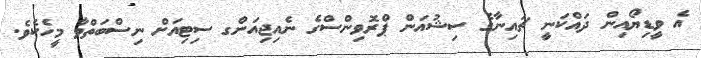
އެ ވީޑިޔޯއިން ދައްކަނީ ޗައިނާގެ ސިޝުއަން ޕްރޮވިންސްގެ ނެއިޖިއަންގ ސިޓިއަށް ނިސްބަތްވާ މީހެކެވެ.